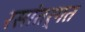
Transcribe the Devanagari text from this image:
रसांतर्गत